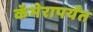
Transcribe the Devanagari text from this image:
कॅमेरापर्यंत